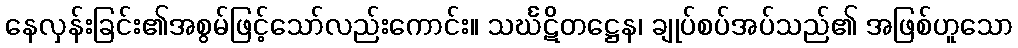
နေလှန်းခြင်း၏အစွမ်ဖြင့်သော်လည်းကောင်း။ သင်္ဃဋိတဋ္ဌေန၊ ချုပ်စပ်အပ်သည်၏ အဖြစ်ဟူသော